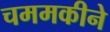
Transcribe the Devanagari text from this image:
चममकीने